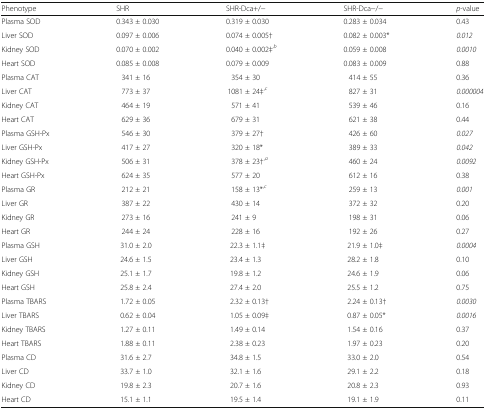
<table><thead><tr><td><b>Phenotype</b></td><td><b>SHR</b></td><td><b>SHR-Dca+/−</b></td><td><b>SHR-Dca−/−</b></td><td><b><i>p</i>-value</b></td></tr></thead><tbody><tr><td>Plasma SOD</td><td>0.343 ± 0.030</td><td>0.319 ± 0.030</td><td>0.283 ± 0.034</td><td>0.43</td></tr><tr><td>Liver SOD</td><td>0.097 ± 0.006</td><td>0.074 ± 0.005†</td><td>0.082 ± 0.003*</td><td><i>0.012</i></td></tr><tr><td>Kidney SOD</td><td>0.070 ± 0.002</td><td>0.040 ± 0.002‡<sup>,<i>b</i></sup></td><td>0.059 ± 0.008</td><td><i>0.0010</i></td></tr><tr><td>Heart SOD</td><td>0.085 ± 0.008</td><td>0.079 ± 0.009</td><td>0.083 ± 0.009</td><td>0.88</td></tr><tr><td>Plasma CAT</td><td>341 ± 16</td><td>354 ± 30</td><td>414 ± 55</td><td>0.36</td></tr><tr><td>Liver CAT</td><td>773 ± 37</td><td>1081 ± 24‡<sup>,<i>c</i></sup></td><td>827 ± 31</td><td><i>0.000004</i></td></tr><tr><td>Kidney CAT</td><td>464 ± 19</td><td>571 ± 41</td><td>539 ± 46</td><td>0.16</td></tr><tr><td>Heart CAT</td><td>629 ± 36</td><td>679 ± 31</td><td>621 ± 38</td><td>0.44</td></tr><tr><td>Plasma GSH-Px</td><td>546 ± 30</td><td>379 ± 27†</td><td>426 ± 60</td><td><i>0.027</i></td></tr><tr><td>Liver GSH-Px</td><td>417 ± 27</td><td>320 ± 18*</td><td>389 ± 33</td><td><i>0.042</i></td></tr><tr><td>Kidney GSH-Px</td><td>506 ± 31</td><td>378 ± 23†<sup>,<i>a</i></sup></td><td>460 ± 24</td><td><i>0.0092</i></td></tr><tr><td>Heart GSH-Px</td><td>624 ± 35</td><td>577 ± 20</td><td>612 ± 16</td><td>0.38</td></tr><tr><td>Plasma GR</td><td>212 ± 21</td><td>158 ± 13*<sup>,<i>c</i></sup></td><td>259 ± 13</td><td><i>0.001</i></td></tr><tr><td>Liver GR</td><td>387 ± 22</td><td>430 ± 14</td><td>372 ± 32</td><td>0.20</td></tr><tr><td>Kidney GR</td><td>273 ± 16</td><td>241 ± 9</td><td>198 ± 31</td><td>0.06</td></tr><tr><td>Heart GR</td><td>244 ± 24</td><td>228 ± 16</td><td>192 ± 26</td><td>0.27</td></tr><tr><td>Plasma GSH</td><td>31.0 ± 2.0</td><td>22.3 ± 1.1‡</td><td>21.9 ± 1.0‡</td><td><i>0.0004</i></td></tr><tr><td>Liver GSH</td><td>24.6 ± 1.5</td><td>23.4 ± 1.3</td><td>28.2 ± 1.8</td><td>0.10</td></tr><tr><td>Kidney GSH</td><td>25.1 ± 1.7</td><td>19.8 ± 1.2</td><td>24.6 ± 1.9</td><td>0.06</td></tr><tr><td>Heart GSH</td><td>25.8 ± 2.4</td><td>27.4 ± 2.0</td><td>25.5 ± 1.2</td><td>0.75</td></tr><tr><td>Plasma TBARS</td><td>1.72 ± 0.05</td><td>2.32 ± 0.13†</td><td>2.24 ± 0.13†</td><td><i>0.0030</i></td></tr><tr><td>Liver TBARS</td><td>0.62 ± 0.04</td><td>1.05 ± 0.09‡</td><td>0.87 ± 0.05*</td><td><i>0.0016</i></td></tr><tr><td>Kidney TBARS</td><td>1.27 ± 0.11</td><td>1.49 ± 0.14</td><td>1.54 ± 0.16</td><td>0.37</td></tr><tr><td>Heart TBARS</td><td>1.88 ± 0.11</td><td>2.38 ± 0.23</td><td>1.97 ± 0.23</td><td>0.20</td></tr><tr><td>Plasma CD</td><td>31.6 ± 2.7</td><td>34.8 ± 1.5</td><td>33.0 ± 2.0</td><td>0.54</td></tr><tr><td>Liver CD</td><td>33.7 ± 1.0</td><td>32.1 ± 1.6</td><td>29.1 ± 2.2</td><td>0.18</td></tr><tr><td>Kidney CD</td><td>19.8 ± 2.3</td><td>20.7 ± 1.6</td><td>20.8 ± 2.3</td><td>0.93</td></tr><tr><td>Heart CD</td><td>15.1 ± 1.1</td><td>19.5 ± 1.4</td><td>19.1 ± 1.9</td><td>0.11</td></tr></tbody></table>